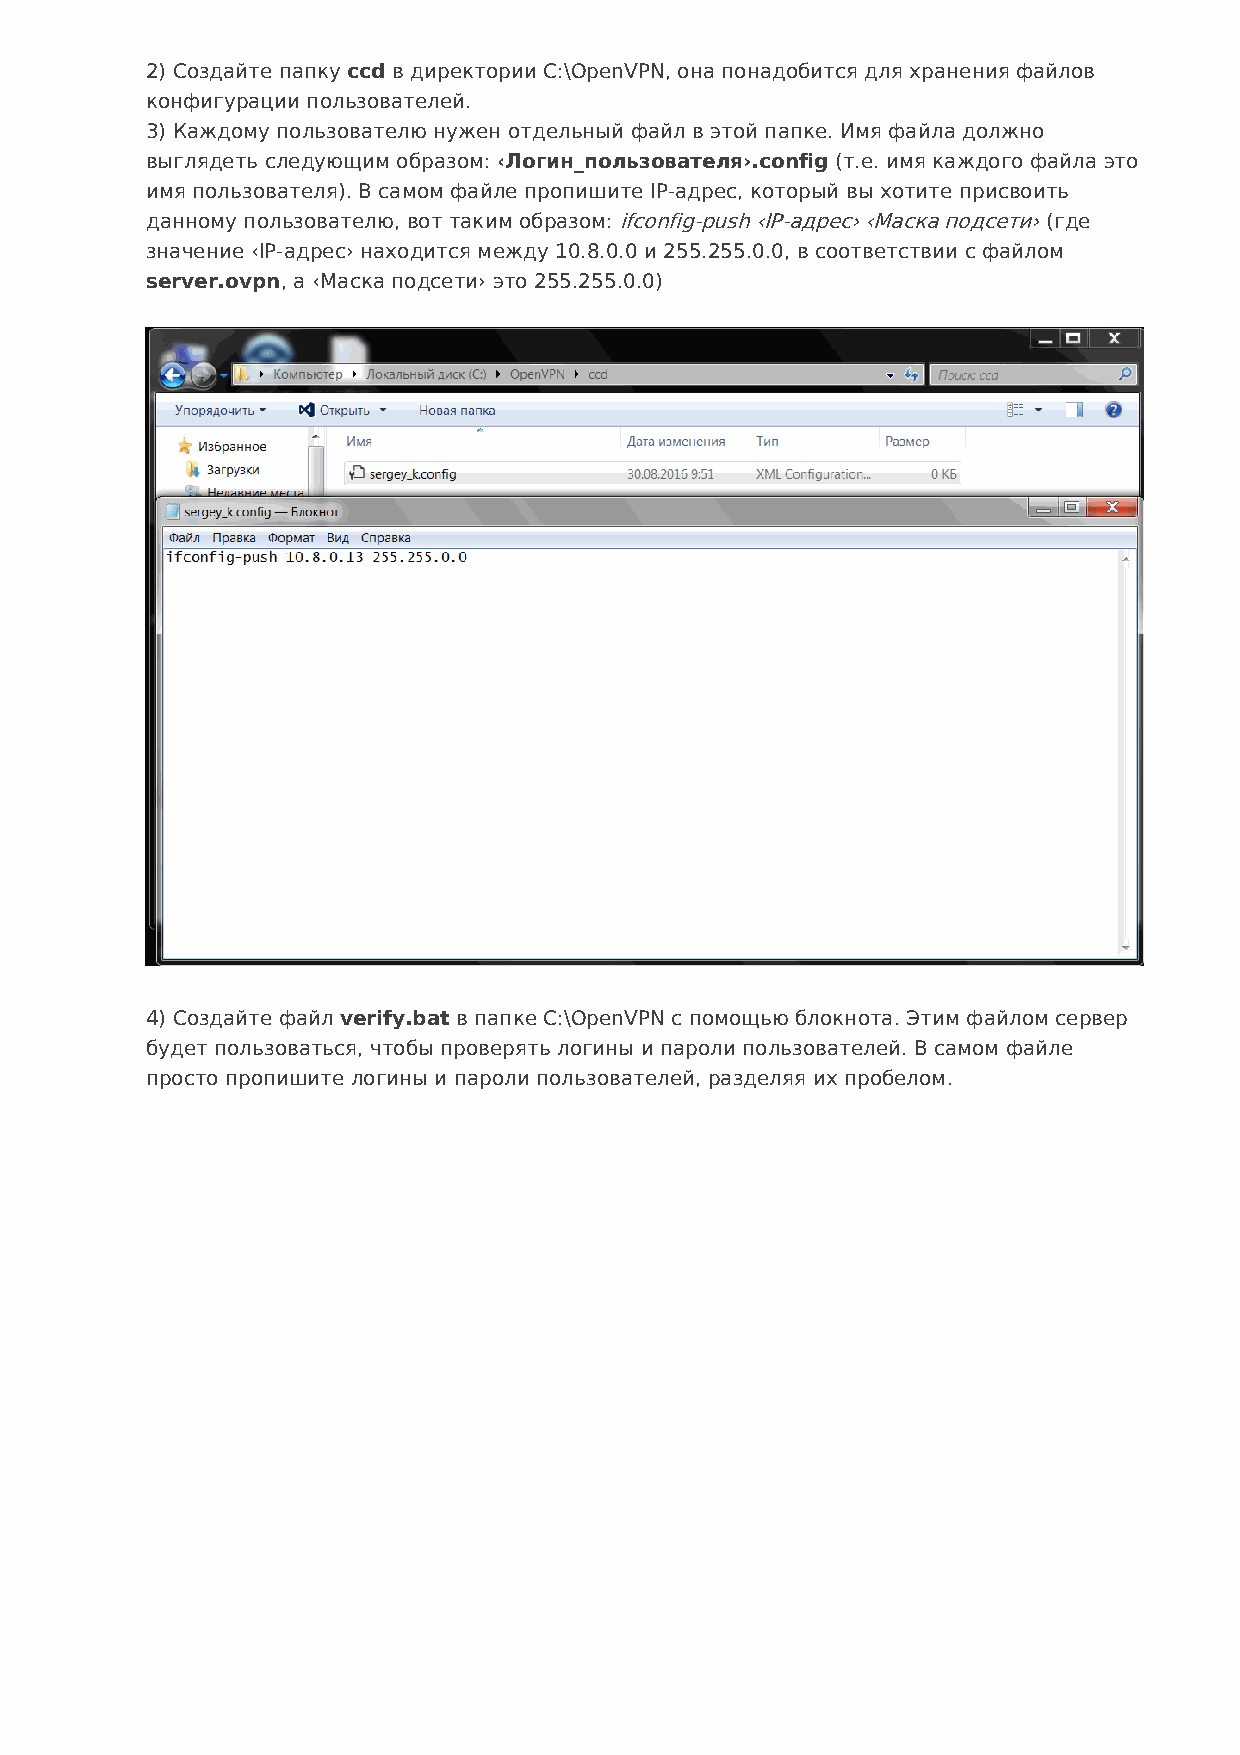
2) Создайте папку ccd в директории C:\OpenVPN, она понадобится для хранения файлов
 конфигурации пользователей.
 3) Каждому пользователю нужен отдельный файл в этой папке. Имя файла должно
 выглядеть следующим образом: ‹Логин_пользователя›.config (т.е. имя каждого файла это
 имя пользователя). В самом файле пропишите IP-адрес, который вы хотите присвоить
 данному пользователю, вот таким образом: ifconfig-push ‹IP-адрес› ‹Маска подсети› (где
 значение ‹IP-адрес› находится между 10.8.0.0 и 255.255.0.0, в соответствии с файлом
 server.ovpn, а ‹Маска подсети› это 255.255.0.0)
 4) Создайте файл verify.bat в папке C:\OpenVPN с помощью блокнота. Этим файлом сервер
 будет пользоваться, чтобы проверять логины и пароли пользователей. В самом файле
 просто пропишите логины и пароли пользователей, разделяя их пробелом.